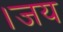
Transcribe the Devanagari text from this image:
।जय